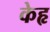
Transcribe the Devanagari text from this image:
केहृ